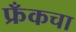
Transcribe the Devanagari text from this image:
फ्रँकचा